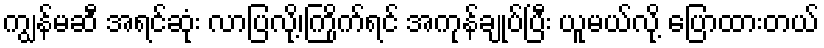
ကျွန်မဆီ အရင်ဆုံး လာပြလို့၊ကြိုက်ရင် အကုန်ချုပ်ပြီး ယူမယ်လို့ ပြောထားတယ်